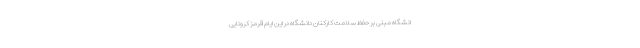
انشگاه مبنی بر حفظ سلامت کارکنان دانشگاه در این ایام قرمز کرونایی